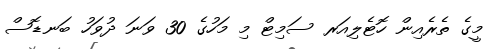
މީގެ ތެރެއިން ހޮޓެލިއަރ ސަމިޓް މި މަހުގެ 30 ވަނަ ދުވަހު ބަނޑޮސް